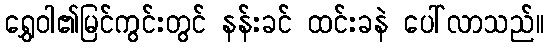
ရွှေဝါ၏မြင်ကွင်းတွင် နန်းခင် ထင်းခနဲ ပေါ်လာသည်။